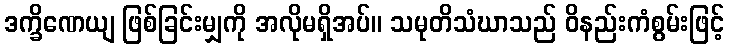
ဒက္ခိဏေယျ ဖြစ်ခြင်းမျှကို အလိုမရှိအပ်။ သမုတိသံဃာသည် ဝိနည်းကံစွမ်းဖြင့်